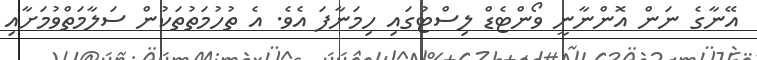
އޭނާގެ ނަން އޮންނާނީ ވޯންޓެޑް ލިސްޓުގައި ހިމަނާފަ އެވެ. އެ ތުހުމަތުތަކުން ސަލާމަތްވުމަށާއި